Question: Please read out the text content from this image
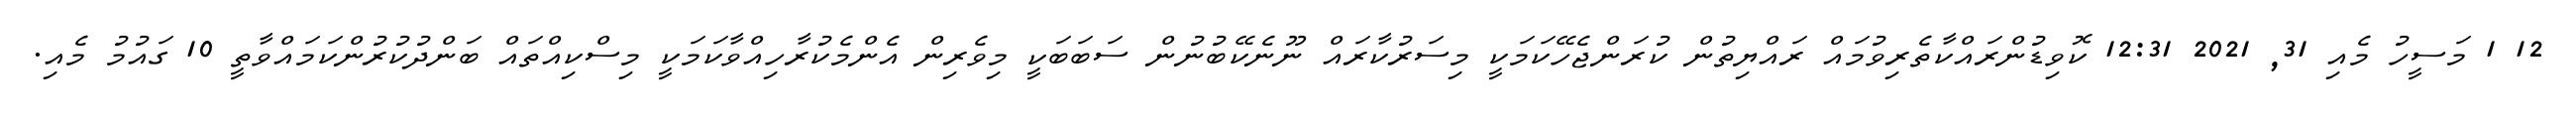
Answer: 12 1 މަސީހު މެއި 31, 2021 12:31 ކޮވިޑުންރައްކާތެރިވުމައް ރައްޔިތުން ކުރަންޖެހޭކަމަކީ މިސަރުކާރައް ނޫނެކޭބުނުން ސަބަބަކީ މިވެރިން އެންމެކުރާހިއްވާކަމަކީ މިސްކިއްތައް ބަންދުކުރުންކަމައްވާތީ 10 ގައުމު މެއި.